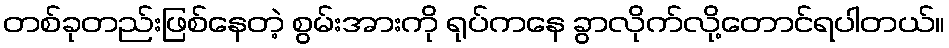
တစ်ခုတည်းဖြစ်နေတဲ့ စွမ်းအားကို ရုပ်ကနေ ခွာလိုက်လို့တောင်ရပါတယ်။